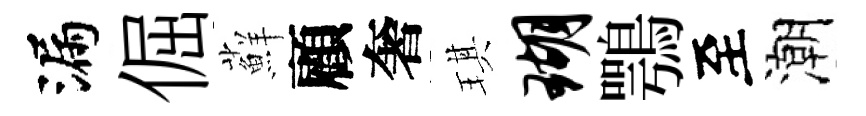
漏倔蘚顧奢琪瑚鶚至潮